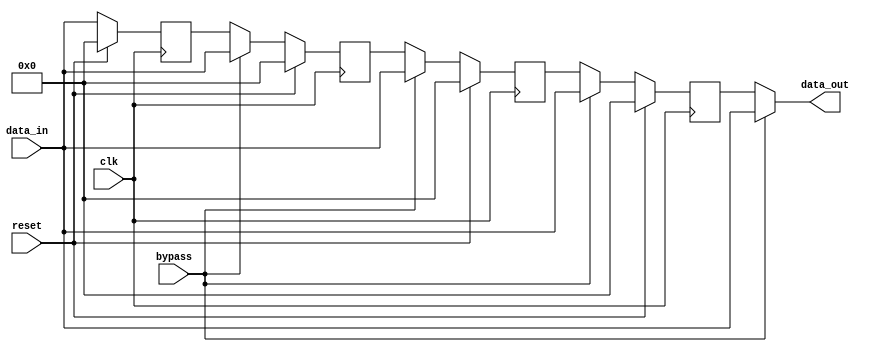
module bypass_register(
    input wire clk,
    input wire reset,
    input wire bypass,
    input wire [31:0] data_in,
    output reg [31:0] data_out
);

reg [31:0] reg_0, reg_1, reg_2, reg_3;

always @(posedge clk) begin
    if(reset) begin
        reg_0 <= 32'h0;
        reg_1 <= 32'h0;
        reg_2 <= 32'h0;
        reg_3 <= 32'h0;
    end else begin
        if(bypass) begin
            reg_0 <= data_in;
            reg_1 <= data_in;
            reg_2 <= data_in;
            reg_3 <= data_in;
        end else begin
            reg_0 <= data_in;
            reg_1 <= reg_0;
            reg_2 <= reg_1;
            reg_3 <= reg_2;
        end
    end
end

assign data_out = bypass ? data_in : reg_3;

endmodule